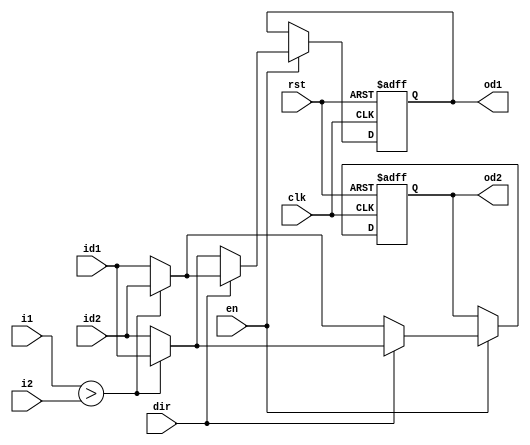
/*
MIT License Copyright (c) 2023 Samahith S A and Sai Govardhan

Permission is hereby granted, free of charge, to any person obtaining a
copy of this software and associated documentation files (the
``Software''), to deal in the Software without restriction, including
without limitation the rights to use, copy, modify, merge, publish,
distribute, sublicense, and/or sell copies of the Software, and to
permit persons to whom the Software is furnished to do so, subject to
the following conditions:

The above copyright notice and this permission notice shall be included
in all copies or substantial portions of the Software.

THE SOFTWARE IS PROVIDED ``AS IS'', WITHOUT WARRANTY OF ANY KIND,
EXPRESS OR IMPLIED, INCLUDING BUT NOT LIMITED TO THE WARRANTIES OF
MERCHANTABILITY, FITNESS FOR A PARTICULAR PURPOSE AND NONINFRINGEMENT.
IN NO EVENT SHALL THE AUTHORS OR COPYRIGHT HOLDERS BE LIABLE FOR ANY
CLAIM, DAMAGES OR OTHER LIABILITY, WHETHER IN AN ACTION OF CONTRACT,
TORT OR OTHERWISE, ARISING FROM, OUT OF OR IN CONNECTION WITH THE
SOFTWARE OR THE USE OR OTHER DEALINGS IN THE SOFTWARE. 
*/
`timescale 10ns / 1ps

module CAS_index#(parameter DATA_WIDTH=32,N_INPUTS=8,INDEX_WIDTH= $clog2(N_INPUTS))(
    input wire [DATA_WIDTH-1:0] i1,
    input wire [DATA_WIDTH-1:0] i2,
    input wire [INDEX_WIDTH-1:0] id1,
    input wire [INDEX_WIDTH-1:0] id2,
    input wire dir,
    input wire clk,
    input wire rst,
    input wire en,
    output reg[INDEX_WIDTH-1:0] od1,
    output reg[INDEX_WIDTH-1:0] od2
    );
    reg[INDEX_WIDTH-1:0] o1_temp,o2_temp;
    always@*
      begin
      
     if(en) begin 
      if(dir)begin // dir =1 here is ascending
        if(i1>i2) begin 
          o2_temp=id1;
          o1_temp=id2;
        end
        else begin 
          o1_temp=id1;
          o2_temp=id2;
        end
      end
      
      else begin // dir =0 here is descending 
      if(i1>i2) begin 
          o2_temp=id2;
          o1_temp=id1;
      end
        else begin 
          o1_temp=id2;
          o2_temp=id1;
         end
      end
     end
      else begin 
	o1_temp=od1;
	o2_temp=od2;
      end
     end
     
     //Registered output easy to use for pipeline 
    always @(posedge clk or posedge rst)
      begin
	  if(rst) begin 
	  od1<='b0;
	  od2<='b0;
          end
	  else begin
          od1<=o1_temp;
          od2<=o2_temp;
	  end
      end

endmodule